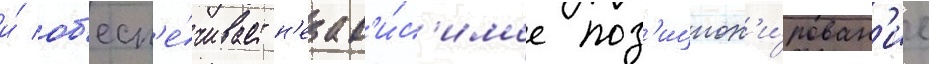
и́ об'есп'е́чивает н'езав'и́с'имое поз'ицион'и́рован'ие